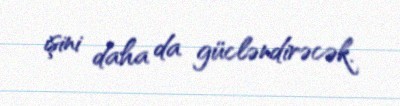
işini daha da gücləndirəcək.